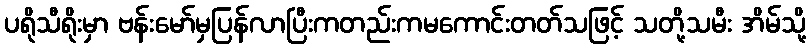
ပရိုသီရိုးမှာ ဗန်းမော်မှပြန်လာပြီးကတည်းကမကောင်းတတ်သဖြင့် သတို့သမီး အိမ်သို့